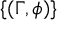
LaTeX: \{ ( \Gamma , \phi ) \}